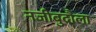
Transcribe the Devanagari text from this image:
नजीबुदौला